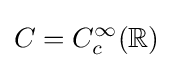
C=C_{c}^{\infty }(\mathbb {R} )